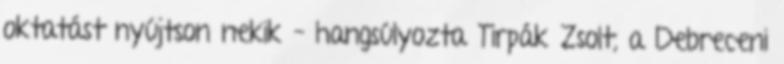
oktatást nyújtson nekik – hangsúlyozta Tirpák Zsolt, a Debreceni